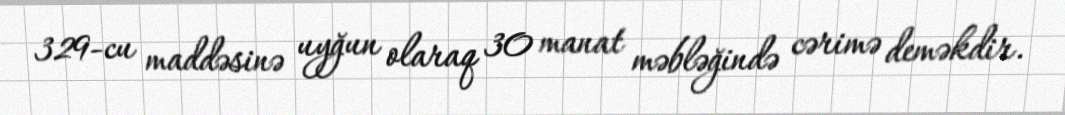
329-cu maddəsinə uyğun olaraq 30 manat məbləğində cərimə deməkdir.